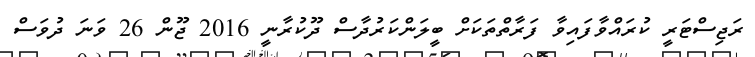
ރަޖިސްޓަރީ ކުރަައްވާފައިވާ ފަރާތްތަކަށް ބީލަންކަރުދާސް ދޫކުރާނީ 2016 ޖޫން 26 ވަނަ ދުވަސް